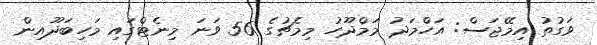
ވަގުތު އިމޭޖަސް: އަހްމަދު މަމްދޫހު މިމެޗުގެ 56 ވަނަ މިނެޓްގައި މަހިބަދޫއިން